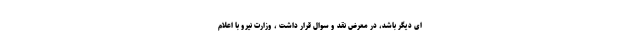
ای دیگر باشد، در معرض نقد و سوال قرار داشت ، وزارت نیرو با اعلام